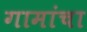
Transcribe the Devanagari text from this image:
गामांचा